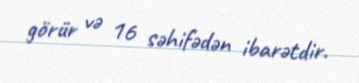
görür və 16 səhifədən ibarətdir.